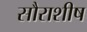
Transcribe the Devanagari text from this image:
सौराशीष